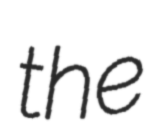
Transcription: the